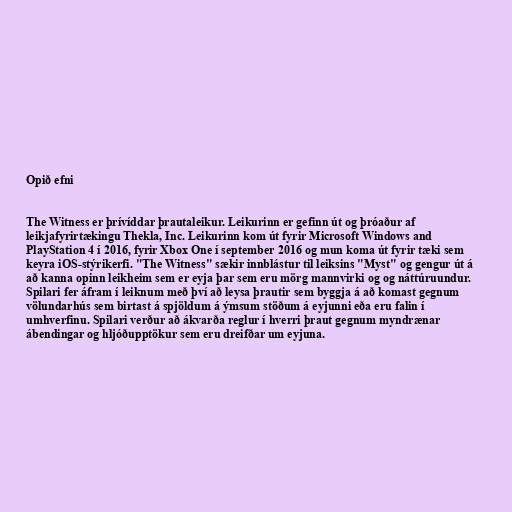
Opið efni

The Witness er þrívíddar þrautaleikur. Leikurinn er gefinn út og þróaður af
leikjafyrirtækingu Thekla, Inc. Leikurinn kom út fyrir Microsoft Windows and
PlayStation 4 í 2016, fyrir Xbox One í september 2016 og mun koma út fyrir tæki sem
keyra iOS-stýrikerfi. "The Witness" sækir innblástur til leiksins "Myst" og gengur út á
að kanna opinn leikheim sem er eyja þar sem eru mörg mannvirki og og náttúruundur.
Spilari fer áfram í leiknum með því að leysa þrautir sem byggja á að komast gegnum
völundarhús sem birtast á spjöldum á ýmsum stöðum á eyjunni eða eru falin í
umhverfinu. Spilari verður að ákvarða reglur í hverri þraut gegnum myndrænar
ábendingar og hljóðupptökur sem eru dreifðar um eyjuna.